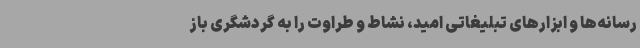
رسانه‌ها و ابزارهای تبلیغاتی امید، نشاط و طراوت را به گردشگری باز